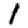
Digit: 1